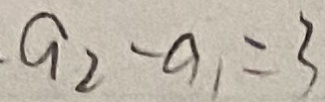
\cdot a _ { 2 } - a _ { 1 } = 3